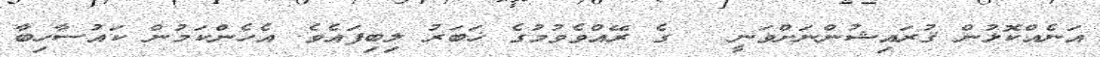
އަނެއްކޮޅުން ޤުރައިޝުންނަށްވަނީ   ގެ ރޭއްވެވުމުގެ ޚަބަރު ލިބިފައެވެ. އެހެންކަމުން ކައުސާހިބާ